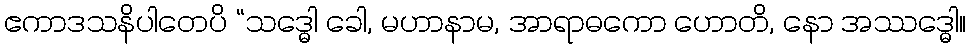
ဧကာဒသနိပါတေပိ “သဒ္ဓေါ ခေါ, မဟာနာမ, အာရာဓကော ဟောတိ, နော အဿဒ္ဓေါ။